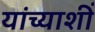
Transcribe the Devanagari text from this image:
यांच्याशीं